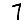
Digit: 7